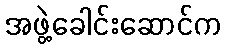
အဖွဲ့ခေါင်းဆောင်က